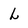
Character: L